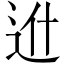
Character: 𨑮